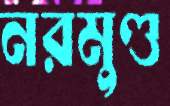
নরমুণ্ড